Lock hospitals Punjab
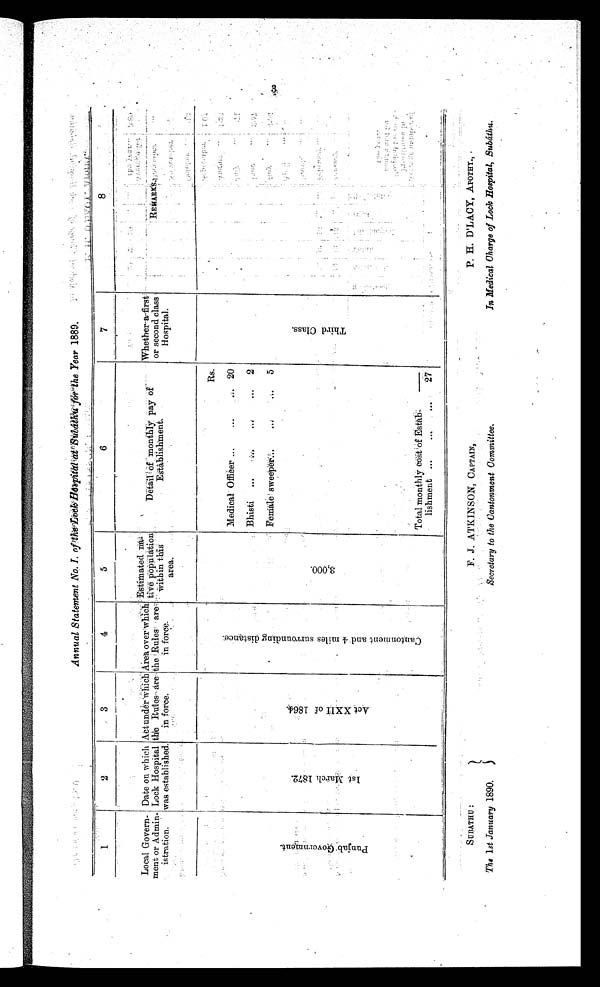
SUBATHU :
The 1st January 1890.
F. J. ATKINSON, CAPTAIN,
Secretary to the Cantonment Committee.
P. H. D'LACY, APOTHT.,
In Medical Charge of Lock Hospital Subáthu.
Annual Statement No. I. of the Lock Hospital at Subáthu for the Year 1889.
1
2
3
4
5
6
7
8
L o c a l G o v e r n m e n t o r A d m i n i s t r a t i o n .
Date on which Lock Hospital was established.
A c t u n d e r w h i c h t h e R u l e s a r e i n f o r c e .
A r e a o v e r w h i c h t h e R u l e s a r e i n f o r c e . Estimated native population within this area.
D e t a i l o f m o n t h l y p a y o f
E s t a b l i s h m e n t .
W h e t h e r a f i r s t o r s e c o n d c l a s s H o s p i t a l
R E M A R K S .
P u n j a b G o v e r n m e n t .
1 s t M a r c h 1 8 7 2 .
A c t X X I I o f 1 8 6 4 .
C a n t o n m e n t a n d 4 m i l e s s u r r o u n d i n g d i s t a n c e .
3 , 0 0 0
Rs.
T h i r d C l a s s .
Medical Officer
2 0
Bhisti
2
Female sweeper
5
Total monthly cost of Establishment
27